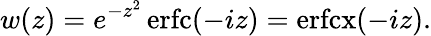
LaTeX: w(z)=e^{-z^{2}}\operatorname{erfc}(-iz)=\operatorname{erfcx}(-iz).